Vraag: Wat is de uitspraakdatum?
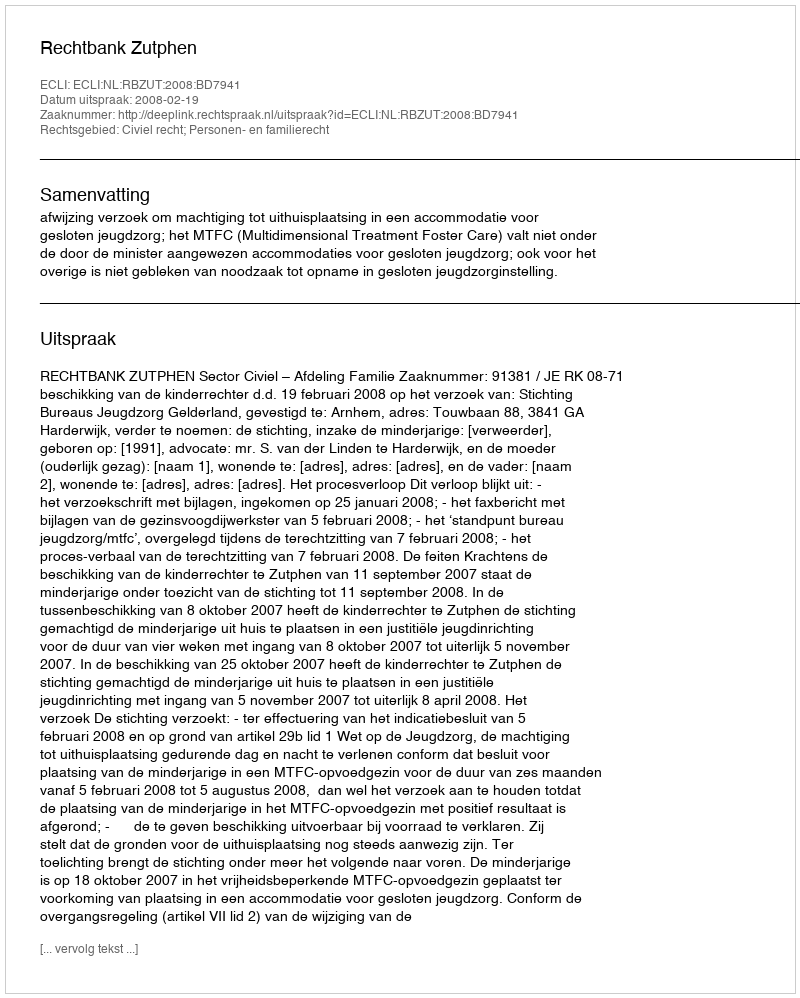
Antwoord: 2008-02-19